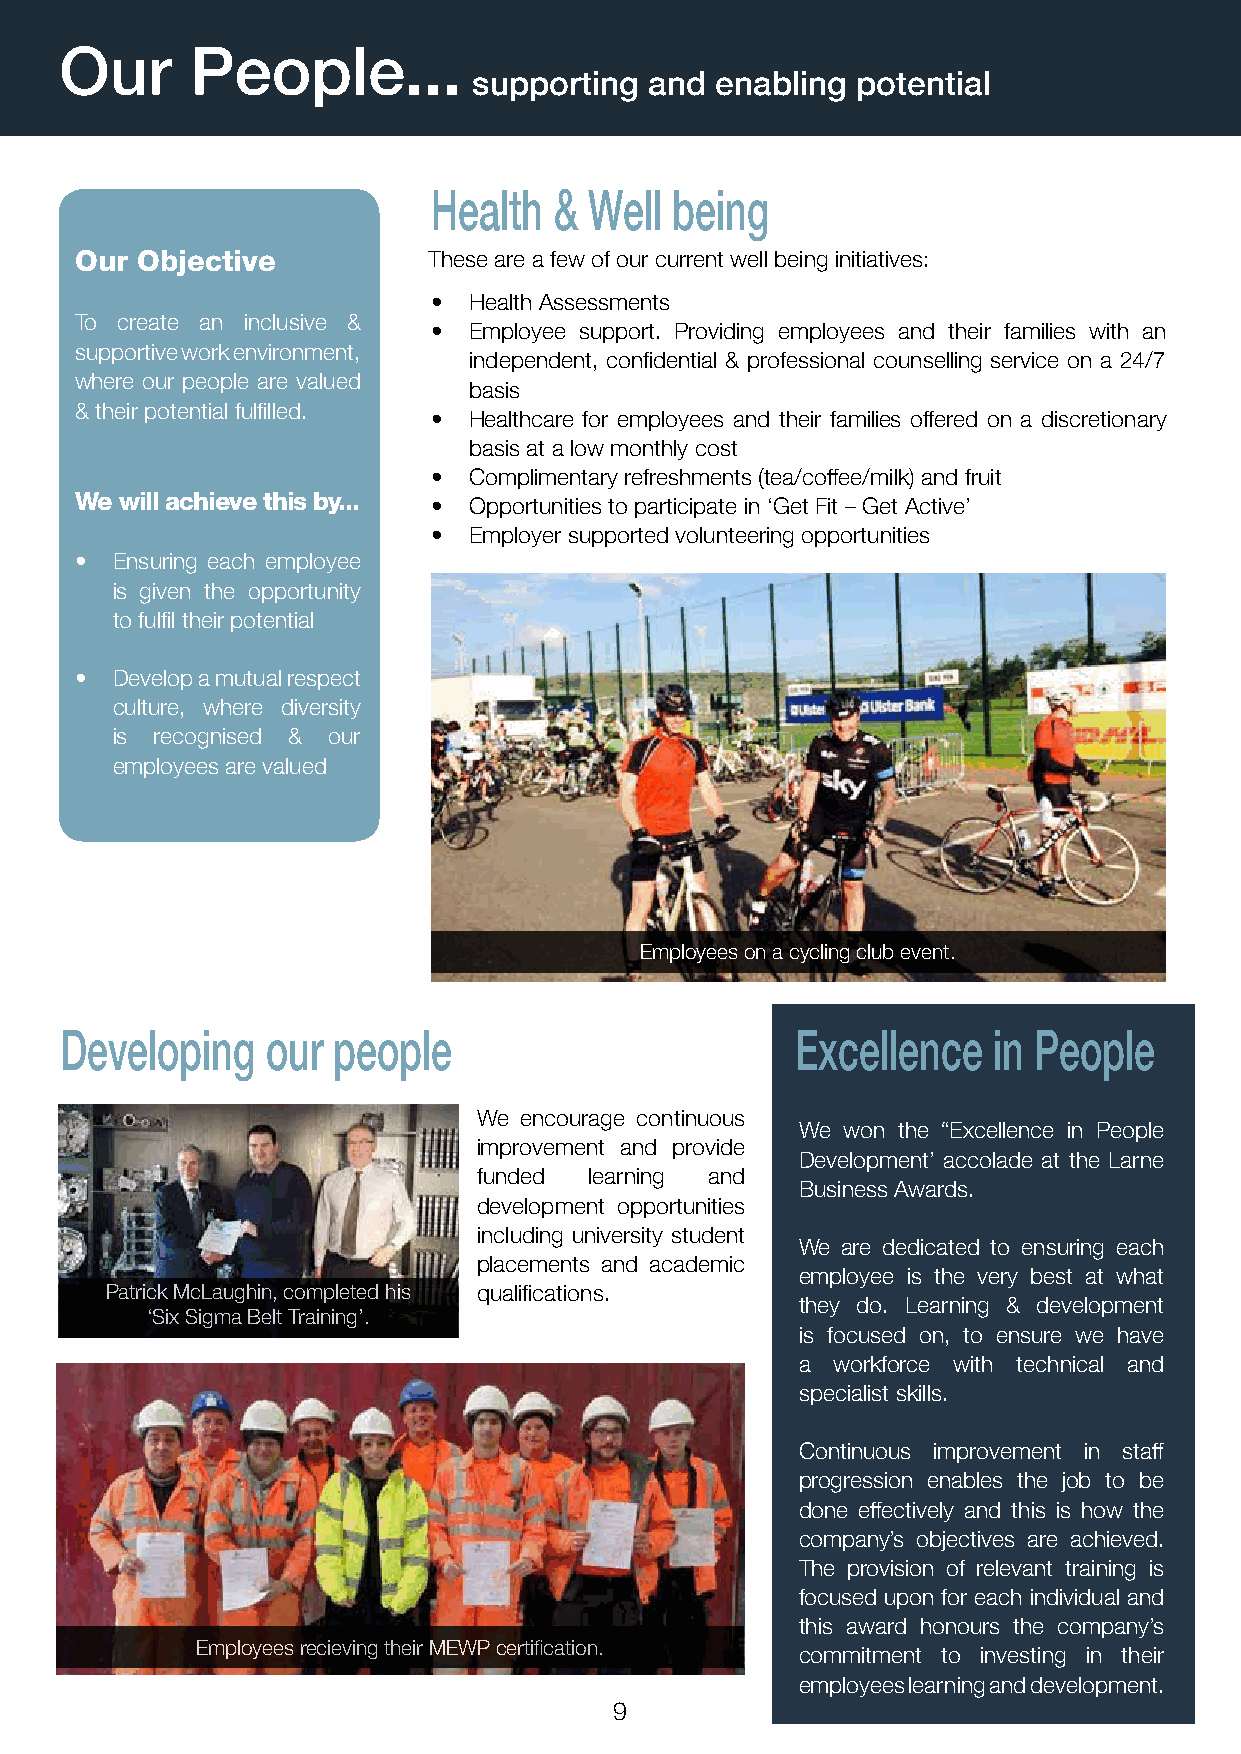
Our      People...
 supporting  and enabling  potential
 Health  & Well  being
 Our Objective          These are a few of our current well being initiatives:
 • Health Assessments
 To create an inclusive &
 • Employee support. Providing employees and their families with an
 supportive work environment,
 independent, confidential & professional counselling service on a 24/7
 where our people are valued
 basis
 & their potential fulfilled.
 • Healthcare for employees and their families offered on a discretionary
 basis at a low monthly cost
 • Complimentary refreshments (tea/coffee/milk) and fruit
 We will achieve this by...
 • Opportunities to participate in ‘Get Fit – Get Active’
 • Employer supported volunteering opportunities
 • Ensuring each employee
 is given the opportunity
 to fulfil their potential
 • Develop a mutual respect
 culture, where diversity
 is recognised & our
 employees are valued
 Employees on a cycling club event.
 Developing    our people                         Excellence   in People
 We encourage continuous
 We won the “Excellence in People
 improvement and provide
 Development’ accolade at the Larne
 funded learning and
 Business Awards.
 development opportunities
 including university student
 We are dedicated to ensuring each
 placements and academic
 employee is the very best at what
 Patrick McLaughin, completed his qualifications.
 they do. Learning & development
 ‘Six Sigma Belt Training’.
 is focused on, to ensure we have
 a workforce with technical and
 specialist skills.
 Continuous improvement in staff
 progression enables the job to be
 done effectively and this is how the
 company’s objectives are achieved.
 The provision of relevant training is
 focused upon for each individual and
 this award honours the company’s
 Employees recieving their MEWP certification.
 commitment to investing in their
 employees learning and development.
 9